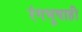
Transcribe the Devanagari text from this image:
रंगभूषाही